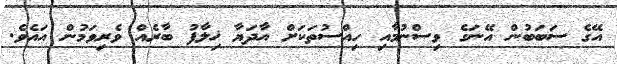
އޭގެ ސަބަބުން އޭނަގެ ވިސްނުމާއި ހިއްސުތަކަށް އާދަޔާ ޚިލާފު ބާރެއް ވެރިވަމުން އައެވެ.